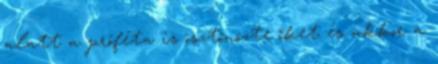
alatt a próféta is ösztönözte őket és akkor a